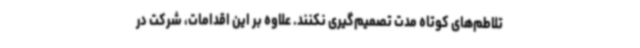
تلاطم‌های کوتاه مدت تصمیم‌گیری نکنند. علاوه بر این اقدامات، شرکت در